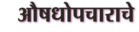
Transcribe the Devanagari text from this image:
औषधोपचाराचे